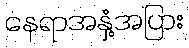
နေရာအနှံ့အပြား